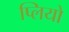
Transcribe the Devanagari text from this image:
प्लियो